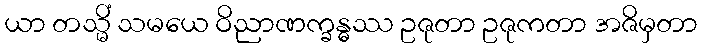
ယာ တသ္မိံ သမယေ ဝိညာဏက္ခန္ဓဿ ဥဇုတာ ဥဇုကတာ အဇိမှတာ